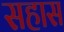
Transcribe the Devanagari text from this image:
सहास